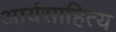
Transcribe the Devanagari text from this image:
आर्यसाहित्य